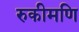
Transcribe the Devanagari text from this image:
रुकीमणि